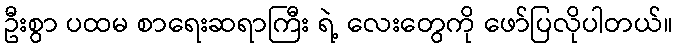
ဦးစွာ ပထမ စာရေးဆရာကြီး ရဲ့ လေးတွေကို ဖော်ပြလိုပါတယ်။